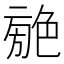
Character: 𦫣